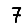
Digit: 7